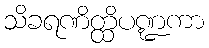
သိခရဏိတ္ထိပဏ္ဍကာ